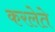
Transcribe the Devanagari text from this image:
करलेते